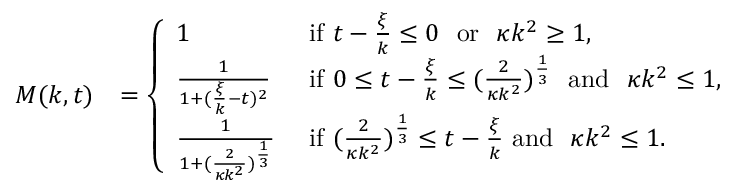
\begin{array} { r l } { M ( k , t ) } & { = \left\{ \begin{array} { l l } { 1 } & { \mathrm { ~ i f ~ } t - \frac \xi k \le 0 \ \mathrm { ~ o r ~ } \ \kappa k ^ { 2 } \ge 1 , } \\ { \frac 1 { 1 + ( \frac \xi k - t ) ^ { 2 } } } & { \mathrm { ~ i f ~ } 0 \le t - \frac \xi k \le ( \frac 2 { \kappa k ^ { 2 } } ) ^ { \frac 1 3 } \ \mathrm { ~ a n d ~ } \ \kappa k ^ { 2 } \le 1 , } \\ { \frac 1 { 1 + ( \frac 2 { \kappa k ^ { 2 } } ) ^ { \frac 1 3 } } } & { \mathrm { ~ i f ~ } ( \frac 2 { \kappa k ^ { 2 } } ) ^ { \frac 1 3 } \le t - \frac \xi k \mathrm { ~ a n d ~ } \ \kappa k ^ { 2 } \le 1 . } \end{array} \right. } \end{array}